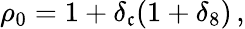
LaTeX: \rho_{0}=1+\delta_{\mathfrak{c}}(1+\delta_{8})\, ,